Regulations for the medical services of the Army of India
Year: 1930
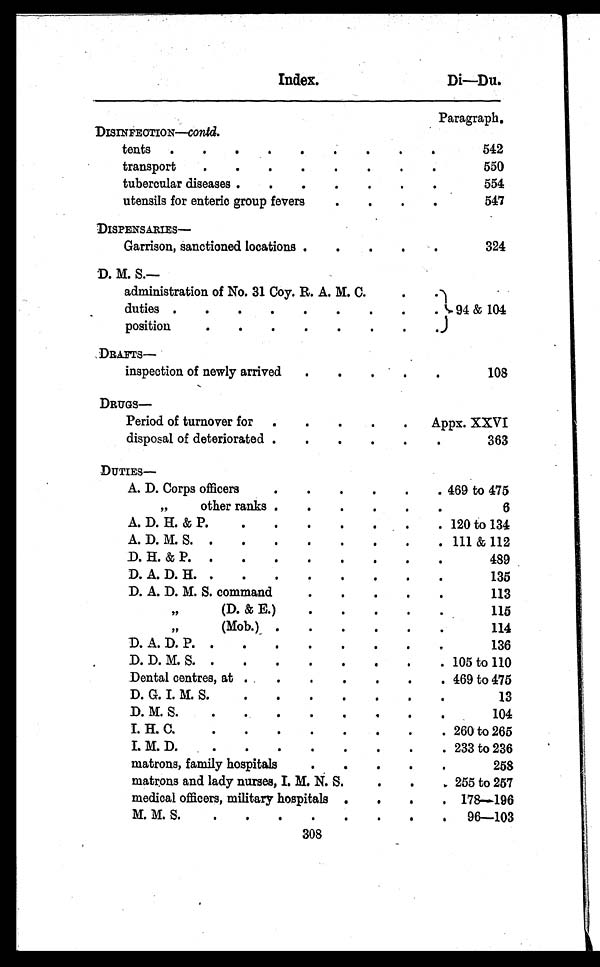
Index.
Di—Du.
Paragraph.
DISINFECTION—contd.
tents .
.
.
.
. .
.
. .
542
transport
.
.
.
.
.
.
.
.
550
tubercular diseases .
.
.
.
.
.
.
554
utensils for enteric group fevers
.
.
.
.
547
DISPENSARIE S —
Garrison, sanctioned locations .
.
.
.
.
324
D. M. S.—
administration of No. 31 Coy. R. A. M. C.
.
.
94 & 104
duties .
.
.
.
.
.
.
.
.
position
.
.
.
.
.
.
.
.
DRAFTS—
inspection of newly arrived
.
.
.
.
.
108
DRUGS—
Period of turnover for .
.
.
.
.
Appx. XXVI
disposal of deteriorated .
.
.
.
.
.
363
DUTIES—
A. D. Corps officers
.
.
.
.
.
. 469 to 475
, ,
other ranks .
.
.
.
.
.
6
A. D. H. & P.
.
.
.
.
.
.
. 120 to 134
A. D. M. S. .
.
.
.
.
.
.
. 111 & 112
D. H. & P. .
.
.
.
.
.
.
.
489
D. A. D. H. .
.
.
.
.
.
.
.
135
D. A. D. M. S. command
.
.
.
.
.
113
, ,
(D. & E.)
.
.
.
.
.
115
, ,
(Mob.) .
.
.
.
.
.
114
D. A. D. P. .
.
.
.
.
.
.
.
136
D. D. M. S. .
.
.
.
.
.
.
. 105 to 110
Dental centres, at .
.
.
.
.
.
. 469 to 475
D. G. I. M. S.
.
.
.
.
.
.
.
13
D. M. S.
.
.
.
.
.
.
.
.
104
I. H. C.
.
.
.
.
.
.
.
. 260 to 265
I. M. D.
.
.
.
.
.
.
.
. 233 to 236
matrons, family hospitals
.
.
.
.
.
258
matrons and lady nurses, I. M. N. S.
.
.
255 to 257
medical officers, military hospitals .
.
.
. 178—196
M. M. S.
.
.
.
.
.
.
.
. 96—103
308